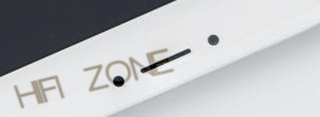
HIFI ZONE